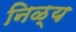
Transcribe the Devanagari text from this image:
निळ्य